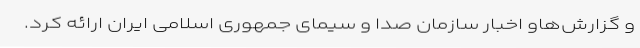
و گزارش‌هاو اخبار سازمان صدا و سیمای جمهوری اسلامی ایران ارائه کرد.